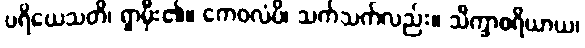
ပရိယေသတိ၊ ရှာမှီး၏။ ကေဝလံပိ၊ သက်သက်လည်း။ သိက္ခာစရိယာယ၊